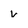
Character: v